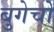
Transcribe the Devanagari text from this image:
बुगेचो